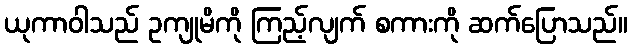
ယုကာဝါသည် ဥကျုမိကို ကြည့်လျက် စကားကို ဆက်ပြောသည်။